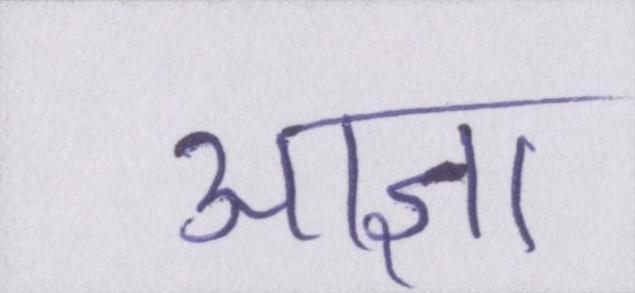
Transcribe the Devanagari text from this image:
आज्ञा